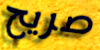
صريح